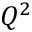
Q ^ { 2 }